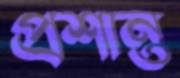
প্রশান্ত